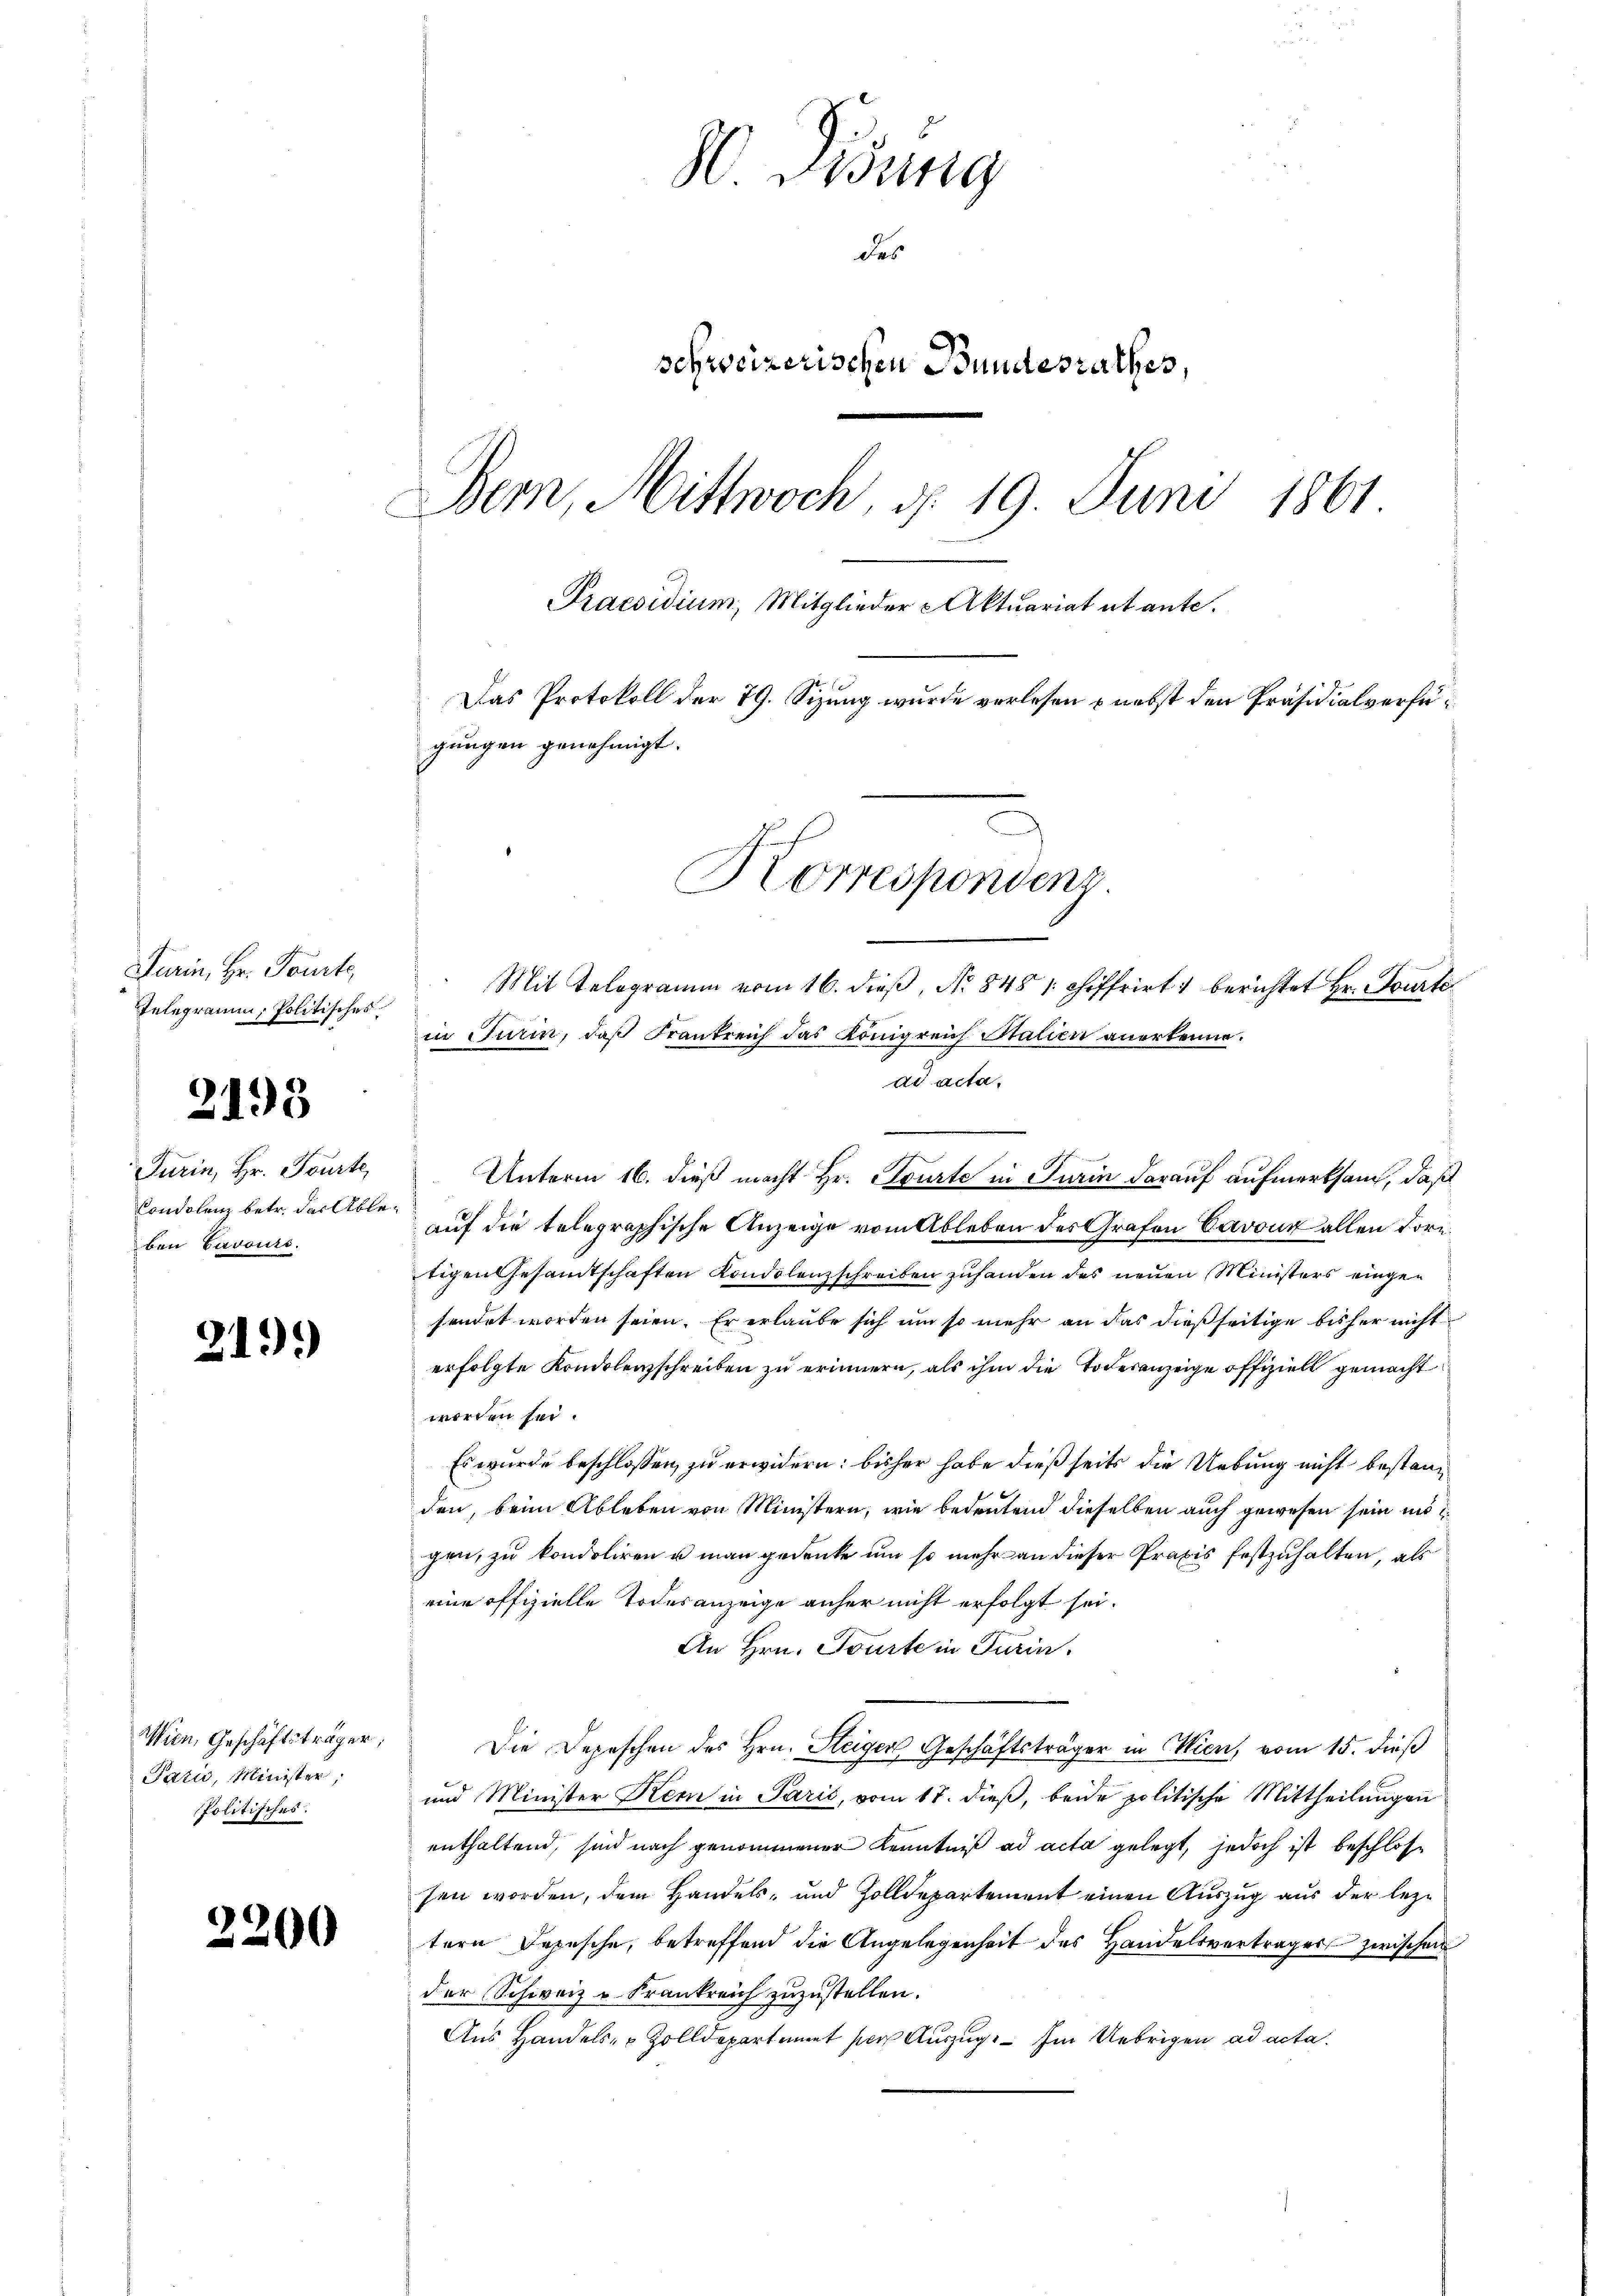
Furin, Hr. Tourte
Telegramm, Politisches

2193

Turin, Hr. Tourte
Condolenz betr. das Able
ben Cavours.

211)

Wien, Geschäftsträger,
Pati, Minister,
Politisches.

2200

. Visung
des
schweizerischen Bundesrathes,
Bern, Mittwoch, d. 19. Juni 1861
Praesidium, Mitglieder Aktuariat et ante.
Das Protokoll der 79. Sizung wurde verlesen nebst den Präsidialverfügungen genehmigt.

Korrespondenz
Mit Telegramm vom 16. dieβ, No 848 1. Chiffrirt & berichtet Hr. Tourti
in Turin, daß Frankreich das Königreich Stalien anerkenne.

ad acta.
Unterm 16. dieß macht Hr. Tourte in Turin darauf aufmerksam, daß
auf die telegraphische Anzeige vom Ableben des Grafen Cavouz allen Forntigen Gesandtschaften Kondolenzschreiben zuhanden des neuen Ministers eingen
sendet worden seien. Er erlaube sich um so mehr an das dießseitige bisher nicht
erfolgte Kondolenzschreiben zu erinnern, als ihm die Todesanzeige offiziell gemacht
werden sei.
Es wurde beschlossen, zu erwidern: bisher habe dieß seits die Uebung nicht bestanden, beim Ableben von Ministern, wie bedeutend dieselben auch gewesen sein und
gen, zu kondoliren u man gedenke um so mehr an dieser Praxis festzuhalten, als
eine offizielle Todesanzeige anher nicht erfolgt sei.
An Hrn. Tourte in Turin.
Die Depeschen des Hrn. Steigen Geschäftsträger in Wien, vom 15. dieß
und Minister Kern in Paris, vom 17. dieβ, beide politische Mittheilungen
enthaltend, sind nach genommener Kenntniß ad acta gelegt, jedoch ist beschlosse
sen worden, dem Handels- und Zolldepartement einen Auszug aus der leztern Depesche, betreffend die Angelegenheit des Handelsverträger zwischen
der Schweiz u. Frankreich zuzustellen.
Aus Handels- & Zolldepartient per Auszug. Im Uebrigen ad acta.